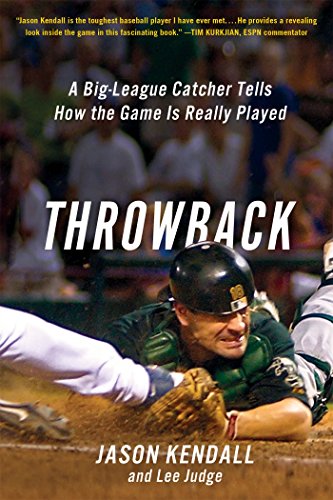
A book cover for Throwback: A Big-League Catcher Tells How the Game Is Really Played; Jason Kendall; Biographies & Memoirs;